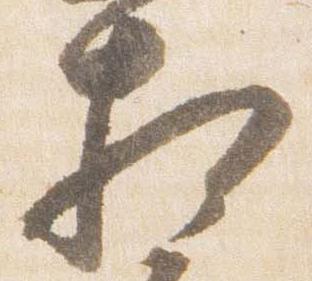
相